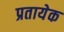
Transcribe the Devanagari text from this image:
प्रतायेक